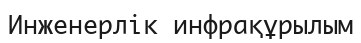
Инженерлік инфрақұрылым